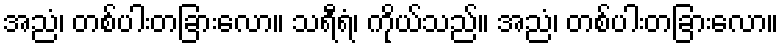
အညံ၊ တစ်ပါးတခြားလော။ သရီရံ၊ ကိုယ်သည်။ အညံ၊ တစ်ပါးတခြားလော။